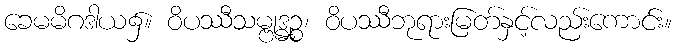
ခေမမိဂဒါယ၌။ ဝိပဿီသမ္ဗုဒ္ဓဉ္စ၊ ဝိပဿီဘုရားမြတ်နှင့်လည်းကောင်း။